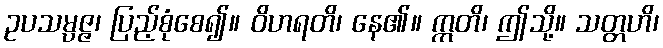
ဥပသမ္ပဇ္ဇ၊ ပြည့်စုံစေ၍။ ဝိဟရတိ၊ နေ၏။ ဣတိ၊ ဤသို့။ သတ္တဟိ၊